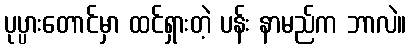
ပုပ္ပားတောင်မှာ ထင်ရှားတဲ့ ပန်း နာမည်က ဘာလဲ။